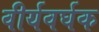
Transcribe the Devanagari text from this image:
वीर्यवर्घक